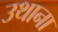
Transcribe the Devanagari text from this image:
उथाना